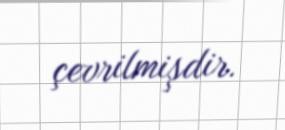
çevrilmişdir.